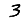
Digit: 3